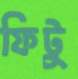
ফিটু